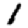
Digit: 1